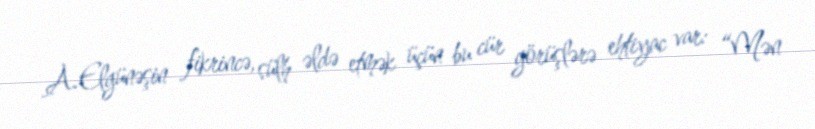
A.Elgünəşin fikrincə, sülh əldə etmək üçün bu cür görüşlərə ehtiyac var: “Mən